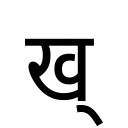
OCR:
ख्